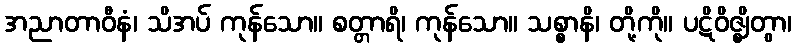
အညာတာဝီနံ၊ သိအပ် ကုန်သော။ စတ္တာရိ၊ ကုန်သော။ သစ္စာနိ၊ တို့ကို။ ပဋိဝိဇ္ဈိတွာ၊